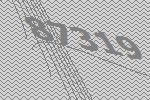
87319